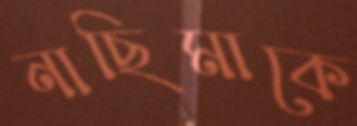
নাছিমাকে